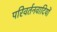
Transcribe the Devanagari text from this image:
परिवर्तनवादियों